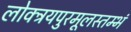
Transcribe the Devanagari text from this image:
लोक्त्रयपुरमूलस्तम्भं